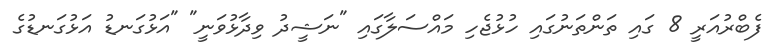
ފެބްރުއަރީ 8 ގައި ތަންތަނުގައި ހުޅުޖެހި މައްސަލާގައި "ނަޝީދު ވިދާޅުވަނީ" "އަޅުގަނޑު އަޅުގަނޑުގެ